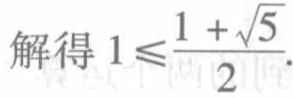
解得 \(1\leqslant\frac{1 + \sqrt{5}}{2}\).